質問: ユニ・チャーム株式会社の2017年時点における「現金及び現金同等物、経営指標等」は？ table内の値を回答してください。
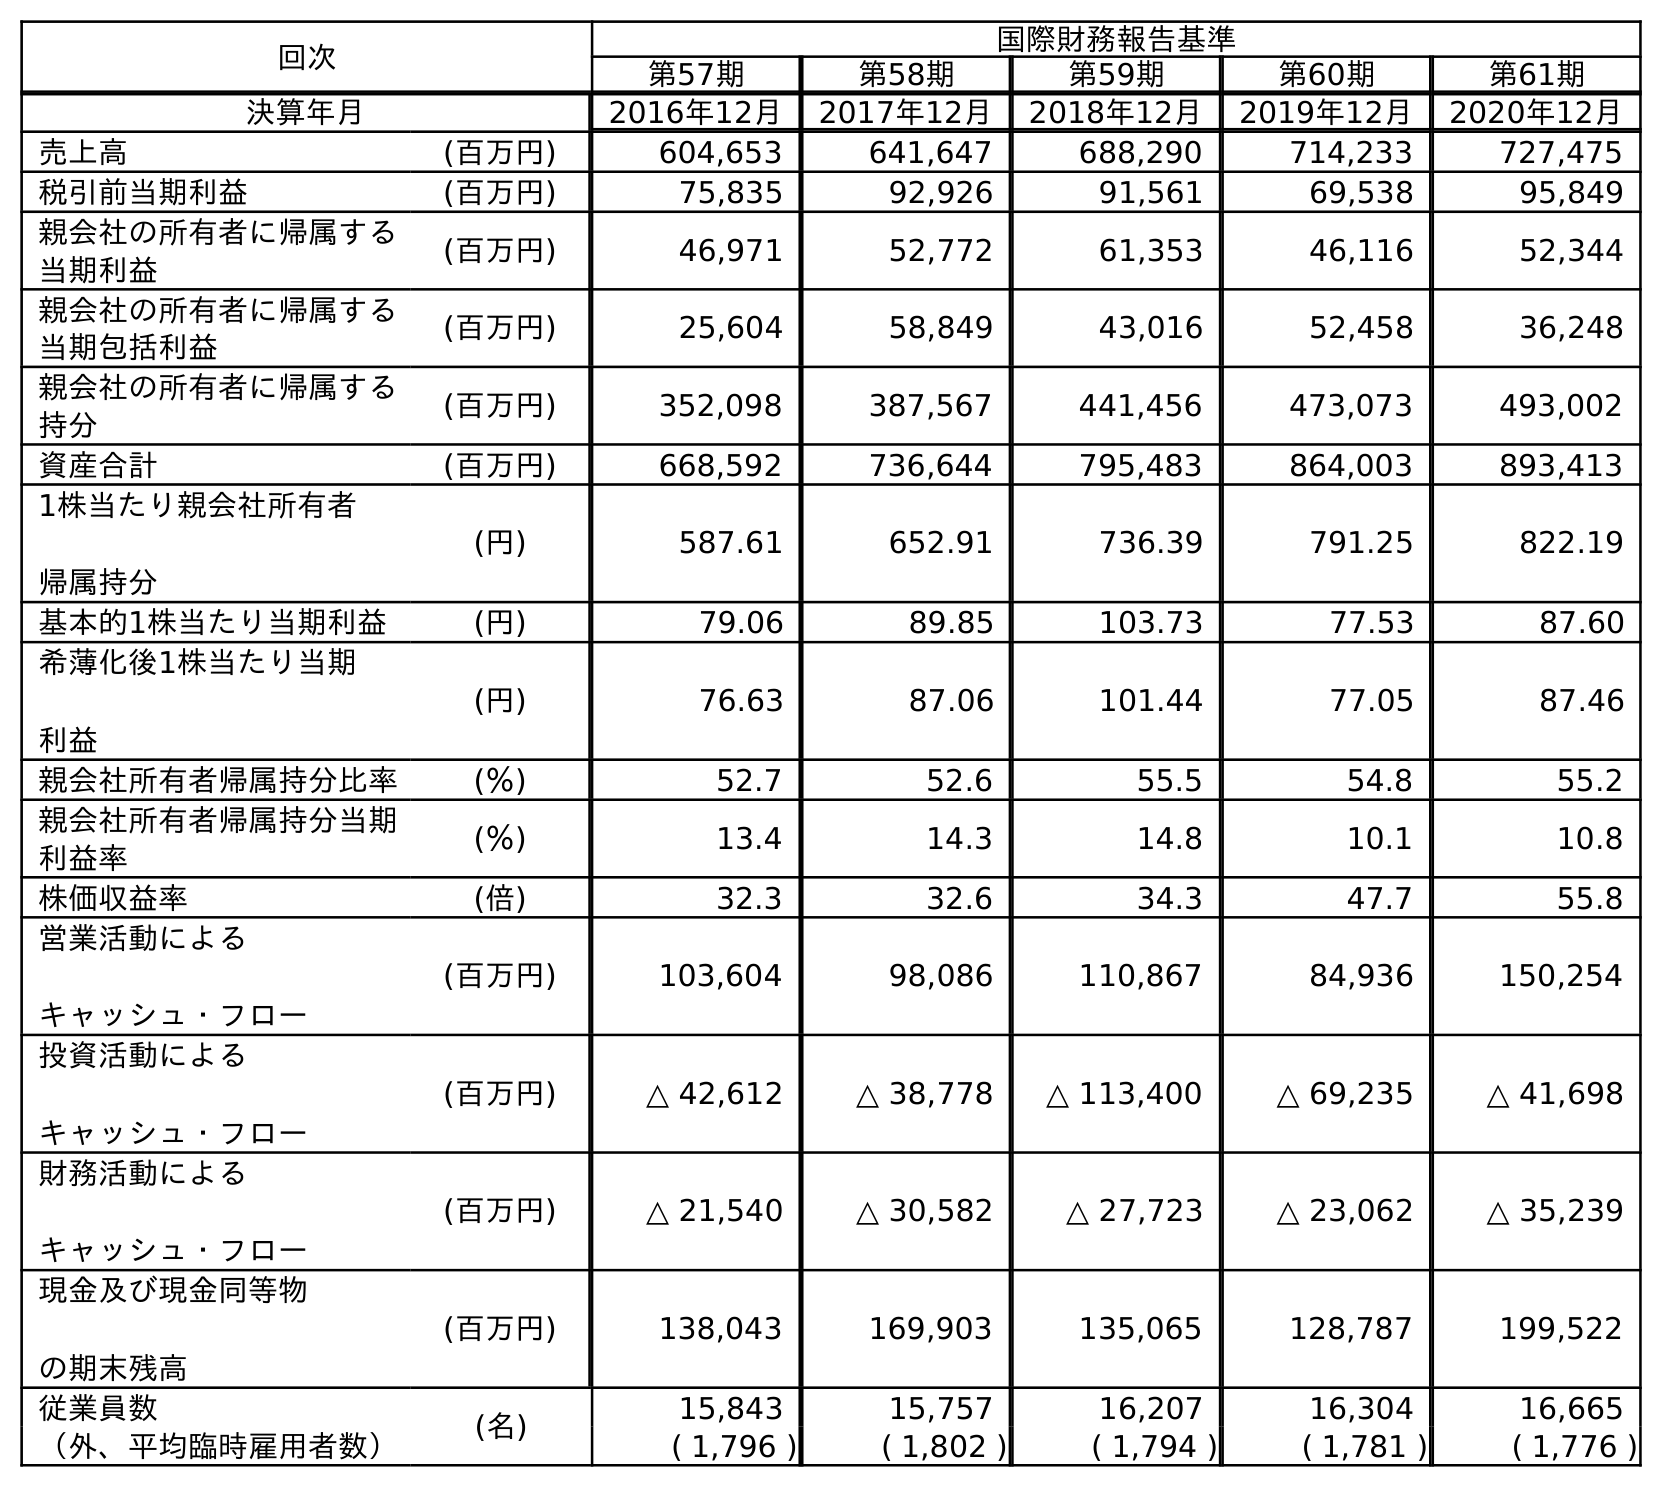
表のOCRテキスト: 回次 国際財務報告基準 第57期 第58期 第59期 第60期 第61期 決算年月 2016年12月 2017年12月 2018年12月 2019年12月 2020年12月 売上高 (百万円) 604,653 641,647 688,290 714,233 727,475 税引前当期利益 (百万円) 75,835 92,926 91,561 69,538 95,849 親会社の所有者に帰属する 当期利益 (百万円) 46,971 52,772 61,353 46,116 52,344 親会社の所有者に帰属する 当期包括利益 (百万円) 25,604 58,849 43,016 52,458 36,248 親会社の所有者に帰属する 持分 (百万円) 352,098 387,567 441,456 473,073 493,002 資産合計 (百万円) 668,592 736,644 795,483 864,003 893,413 1株当たり親会社所有者 帰属持分 (円) 587.61 652.91 736.39 791.25 822.19 基本的1株当たり当期利益 (円) 79.06 89.85 103.73 77.53 87.60 希薄化後1株当たり当期 利益 (円) 76.63 87.06 101.44 77.05 87.46 親会社所有者帰属持分比率 (％) 52.7 52.6 55.5 54.8 55.2 親会社所有者帰属持分当期 利益率 (％) 13.4 14.3 14.8 10.1 10.8 株価収益率 (倍) 32.3 32.6 34.3 47.7 55.8 営業活動による キャッシュ・フロー (百万円) 103,604 98,086 110,867 84,936 150,254 投資活動による キャッシュ・フロー (百万円) △ 42,612 △ 38,778 △ 113,400 △ 69,235 △ 41,698 財務活動による キャッシュ・フロー (百万円) △ 21,540 △ 30,582 △ 27,723 △ 23,062 △ 35,239 現金及び現金同等物 の期末残高 (百万円) 138,043 169,903 135,065 128,787 199,522 従業員数 (名) 15,843 15,757 16,207 16,304 16,665 （外、平均臨時雇用者数） ( 1,796 ) ( 1,802 ) ( 1,794 ) ( 1,781 ) ( 1,776 )
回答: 169,903